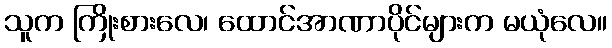
သူက ကြိုးစားလေ၊ ထောင်အာဏာပိုင်များက မယုံလေ။